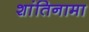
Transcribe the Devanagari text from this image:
शांतिनामा